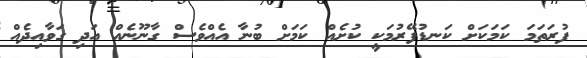
ފުރަތަމަ ކަމަކަށް ކަނޑުފޭރުމަކީ ކުށެއް ކަމަށް ބުނާ އެއްވެސް ގާނޫނެއް އަދި ގަވާއިދެއް